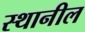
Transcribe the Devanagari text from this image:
स्थानील